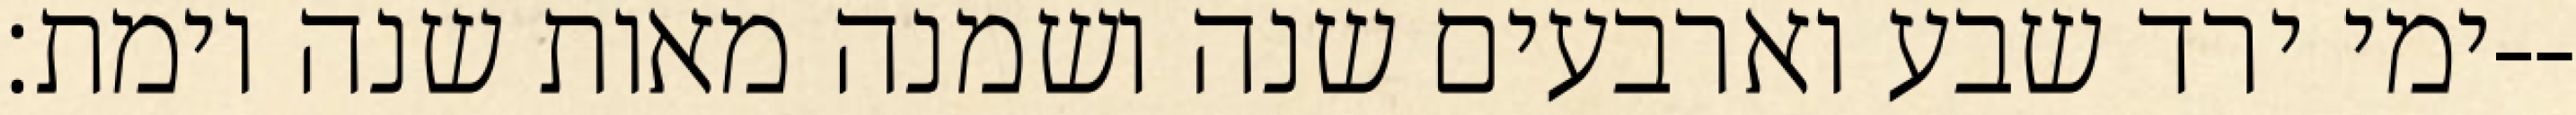
ימי ירד שבע וארבעים שנה ושמנה מאות שנה וימת׃--